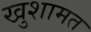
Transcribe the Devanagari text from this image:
खुशामत